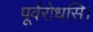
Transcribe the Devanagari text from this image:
पूर्वरोधसि।